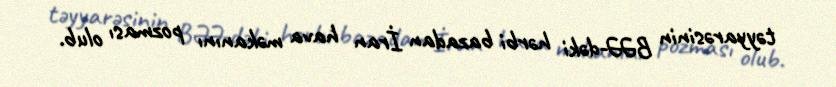
təyyarəsinin BƏƏ-dəki hərbi bazadan İran hava məkanını pozması olub.